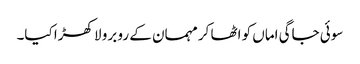
سوئی جاگی اماں کو اٹھا کر مہمان کے رو برو لا کھڑا کیا۔